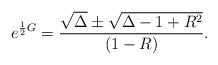
LaTeX: \begin{align*}\begin{aligned} e^{\frac{1}{2}G} &= \frac{\sqrt{\Delta} \pm \sqrt{ \Delta - 1 + R^2}}{(1-R)}.\end{aligned}\end{align*}